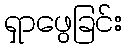
ရှာဖွေခြင်း